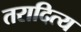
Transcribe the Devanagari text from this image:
तरादित्य